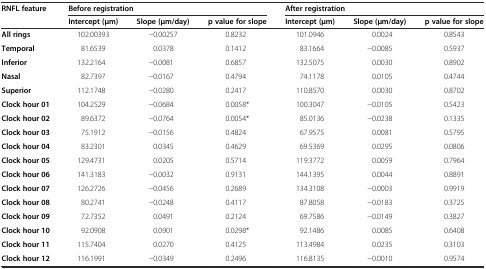
<table><thead><tr><td rowspan="2"><b>RNFL feature</b></td><td colspan="3"><b>Before registration</b></td><td colspan="3"><b>After registration</b></td></tr><tr><td><b>Intercept (μm)</b></td><td><b>Slope (μm/day)</b></td><td><b>p value for slope</b></td><td><b>Intercept (μm)</b></td><td><b>Slope (μm/day)</b></td><td><b>p value for slope</b></td></tr></thead><tbody><tr><td><b>All rings</b></td><td>102.00393</td><td>−0.00257</td><td>0.8232</td><td>101.0946</td><td>0.0024</td><td>0.8543</td></tr><tr><td><b>Temporal</b></td><td>81.6539</td><td>0.0378</td><td>0.1412</td><td>83.1664</td><td>−0.0085</td><td>0.5937</td></tr><tr><td><b>Inferior</b></td><td>132.2164</td><td>−0.0081</td><td>0.6857</td><td>132.5075</td><td>0.0030</td><td>0.8902</td></tr><tr><td><b>Nasal</b></td><td>82.7397</td><td>−0.0167</td><td>0.4794</td><td>74.1178</td><td>0.0105</td><td>0.4744</td></tr><tr><td><b>Superior</b></td><td>112.1748</td><td>−0.0280</td><td>0.2417</td><td>110.8570</td><td>0.0030</td><td>0.8702</td></tr><tr><td><b>Clock hour 01</b></td><td>104.2529</td><td>−0.0684</td><td>0.0058*</td><td>100.3047</td><td>−0.0105</td><td>0.5423</td></tr><tr><td><b>Clock hour 02</b></td><td>89.6372</td><td>−0.0764</td><td>0.0054*</td><td>85.0136</td><td>−0.0238</td><td>0.1335</td></tr><tr><td><b>Clock hour 03</b></td><td>75.1912</td><td>−0.0156</td><td>0.4824</td><td>67.9575</td><td>0.0081</td><td>0.5795</td></tr><tr><td><b>Clock hour 04</b></td><td>83.2301</td><td>0.0345</td><td>0.4629</td><td>69.5369</td><td>0.0295</td><td>0.0806</td></tr><tr><td><b>Clock hour 05</b></td><td>129.4731</td><td>0.0205</td><td>0.5714</td><td>119.3772</td><td>0.0059</td><td>0.7964</td></tr><tr><td><b>Clock hour 06</b></td><td>141.3183</td><td>−0.0032</td><td>0.9131</td><td>144.1395</td><td>0.0044</td><td>0.8891</td></tr><tr><td><b>Clock hour 07</b></td><td>126.2726</td><td>−0.0456</td><td>0.2689</td><td>134.3108</td><td>−0.0003</td><td>0.9919</td></tr><tr><td><b>Clock hour 08</b></td><td>80.2741</td><td>−0.0248</td><td>0.4117</td><td>87.8058</td><td>−0.0183</td><td>0.3725</td></tr><tr><td><b>Clock hour 09</b></td><td>72.7352</td><td>0.0491</td><td>0.2124</td><td>69.7586</td><td>−0.0149</td><td>0.3827</td></tr><tr><td><b>Clock hour 10</b></td><td>92.0908</td><td>0.0901</td><td>0.0298*</td><td>92.1486</td><td>0.0085</td><td>0.6408</td></tr><tr><td><b>Clock hour 11</b></td><td>115.7404</td><td>0.0270</td><td>0.4125</td><td>113.4984</td><td>0.0235</td><td>0.3103</td></tr><tr><td><b>Clock hour 12</b></td><td>116.1991</td><td>−0.0349</td><td>0.2496</td><td>116.8135</td><td>−0.0010</td><td>0.9574</td></tr></tbody></table>